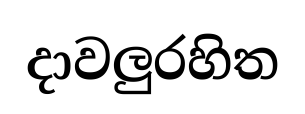
දාවලුරහිත